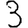
Digit: 3